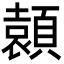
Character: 𩔭